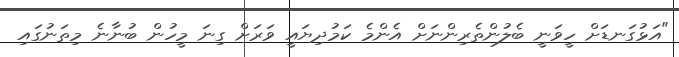
"އަޅުގަނޑަށް ހީވަނީ ބެލުންތެރިންނަށް އެންމެ ކަމުދިޔައީ ވަރަށް ގިނަ މީހުން ބުނާނެ މިތަނުގައި